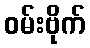
ဝမ်းဗိုက်